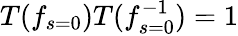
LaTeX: T(f_{s=0})T(f_{s=0}^{-1})=1